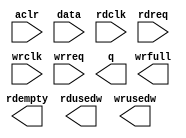
/*
 * ptp_queue.v
 * 
 * Copyright (c) 2012, BABY&HW. All rights reserved.
 *
 * This library is free software, you can redistribute it and/or
 * modify it under the terms of the GNU Lesser General Public
 * License as published by the Free Software Foundation, either
 * version 2.1 of the License, or (at your option) any later version.
 *
 * This library is distributed in the hope that it will be useful,
 * but WITHOUT ANY WARRANTY, without even the implied warranty of
 * MERCHANTABILITY or FITNESS FOR A PARTICULAR PURPOSE.  See the GNU
 * Lesser General Public License for more details.
 *
 * You should have received a copy of the GNU Lesser General Public
 * License along with this library, if not, write to the Free Software
 * Foundation, Inc., 51 Franklin Street, Fifth Floor, Boston,
 * MA 02110-1301  USA
 */

module ptp_queue (
  input          aclr,
  input	 [127:0] data,
  input	         rdclk,
  input	         rdreq,
  input	         wrclk,
  input	         wrreq,
  output [127:0] q,
  output         rdempty,
  output [  3:0] rdusedw,
  output         wrfull,
  output [  3:0] wrusedw
);

`ifdef USE_ALTERA_IP
dcfifo_128b_16 dcfifo(
  .aclr(aclr),

  .wrclk(wrclk),
  .wrreq(wrreq),
  .data(data),
  .wrfull(wrfull),
  .wrusedw(wrusedw),

  .rdclk(rdclk),
  .rdreq(rdreq),
  .q(q),
  .rdempty(rdempty),
  .rdusedw(rdusedw)
);
`endif

`ifdef USE_XILINX_IP
dcfifo_128b_16 dcfifo(
  .rst(aclr),

  .wr_clk(wrclk),
  .wr_en(wrreq),
  .din(data),
  .full(wrfull),
  .wr_data_count(wrusedw),

  .rd_clk(rdclk),
  .rd_en(rdreq),
  .dout(q),
  .empty(rdempty),
  .rd_data_count(rdusedw)
);
`endif

endmodule